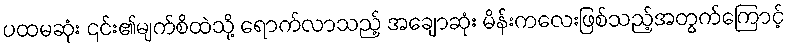
ပထမဆုံး ၎င်း၏မျက်စိထဲသို့ ရောက်လာသည့် အချောဆုံး မိန်းကလေးဖြစ်သည့်အတွက်ကြောင့်